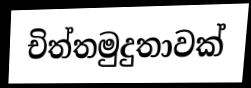
චිත්තමුදුතාවක්